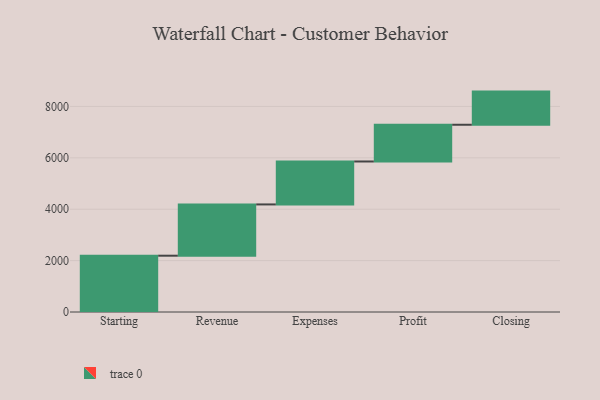
{"axis": {"x": "Step", "y": "Value"}, "legend": [""], "data": [{"x": "Starting", "y": 2191.0, "type": ""}, {"x": "Revenue", "y": 1995.0, "type": ""}, {"x": "Expenses", "y": 1671.0, "type": ""}, {"x": "Profit", "y": 1430.0, "type": ""}, {"x": "Closing", "y": 1290.0, "type": ""}]}